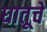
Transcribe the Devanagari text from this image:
घातूचे